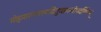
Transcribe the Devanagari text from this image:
मोहमारणवश्यादितुच्छमन्त्रोपदर्शिनम्